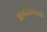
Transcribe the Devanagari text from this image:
केसांप्रमाणे